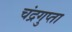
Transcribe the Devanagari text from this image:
चंद्रगुप्ता